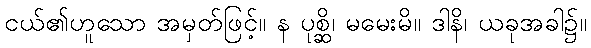
ငယ်၏ဟူသော အမှတ်ဖြင့်။ န ပုစ္ဆိ၊ မမေးမိ။ ဒါနိ၊ ယခုအခါ၌။